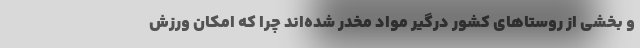
و بخشی از روستاهای کشور درگیر مواد مخدر شده‌اند چرا که امکان ورزش